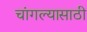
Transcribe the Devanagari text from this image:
चांगल्यासाठी